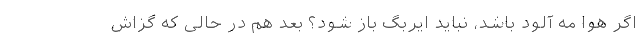
اگر هوا مه آلود باشد، نباید ایربگ باز شود؟ بعد هم در حالی که گزاش